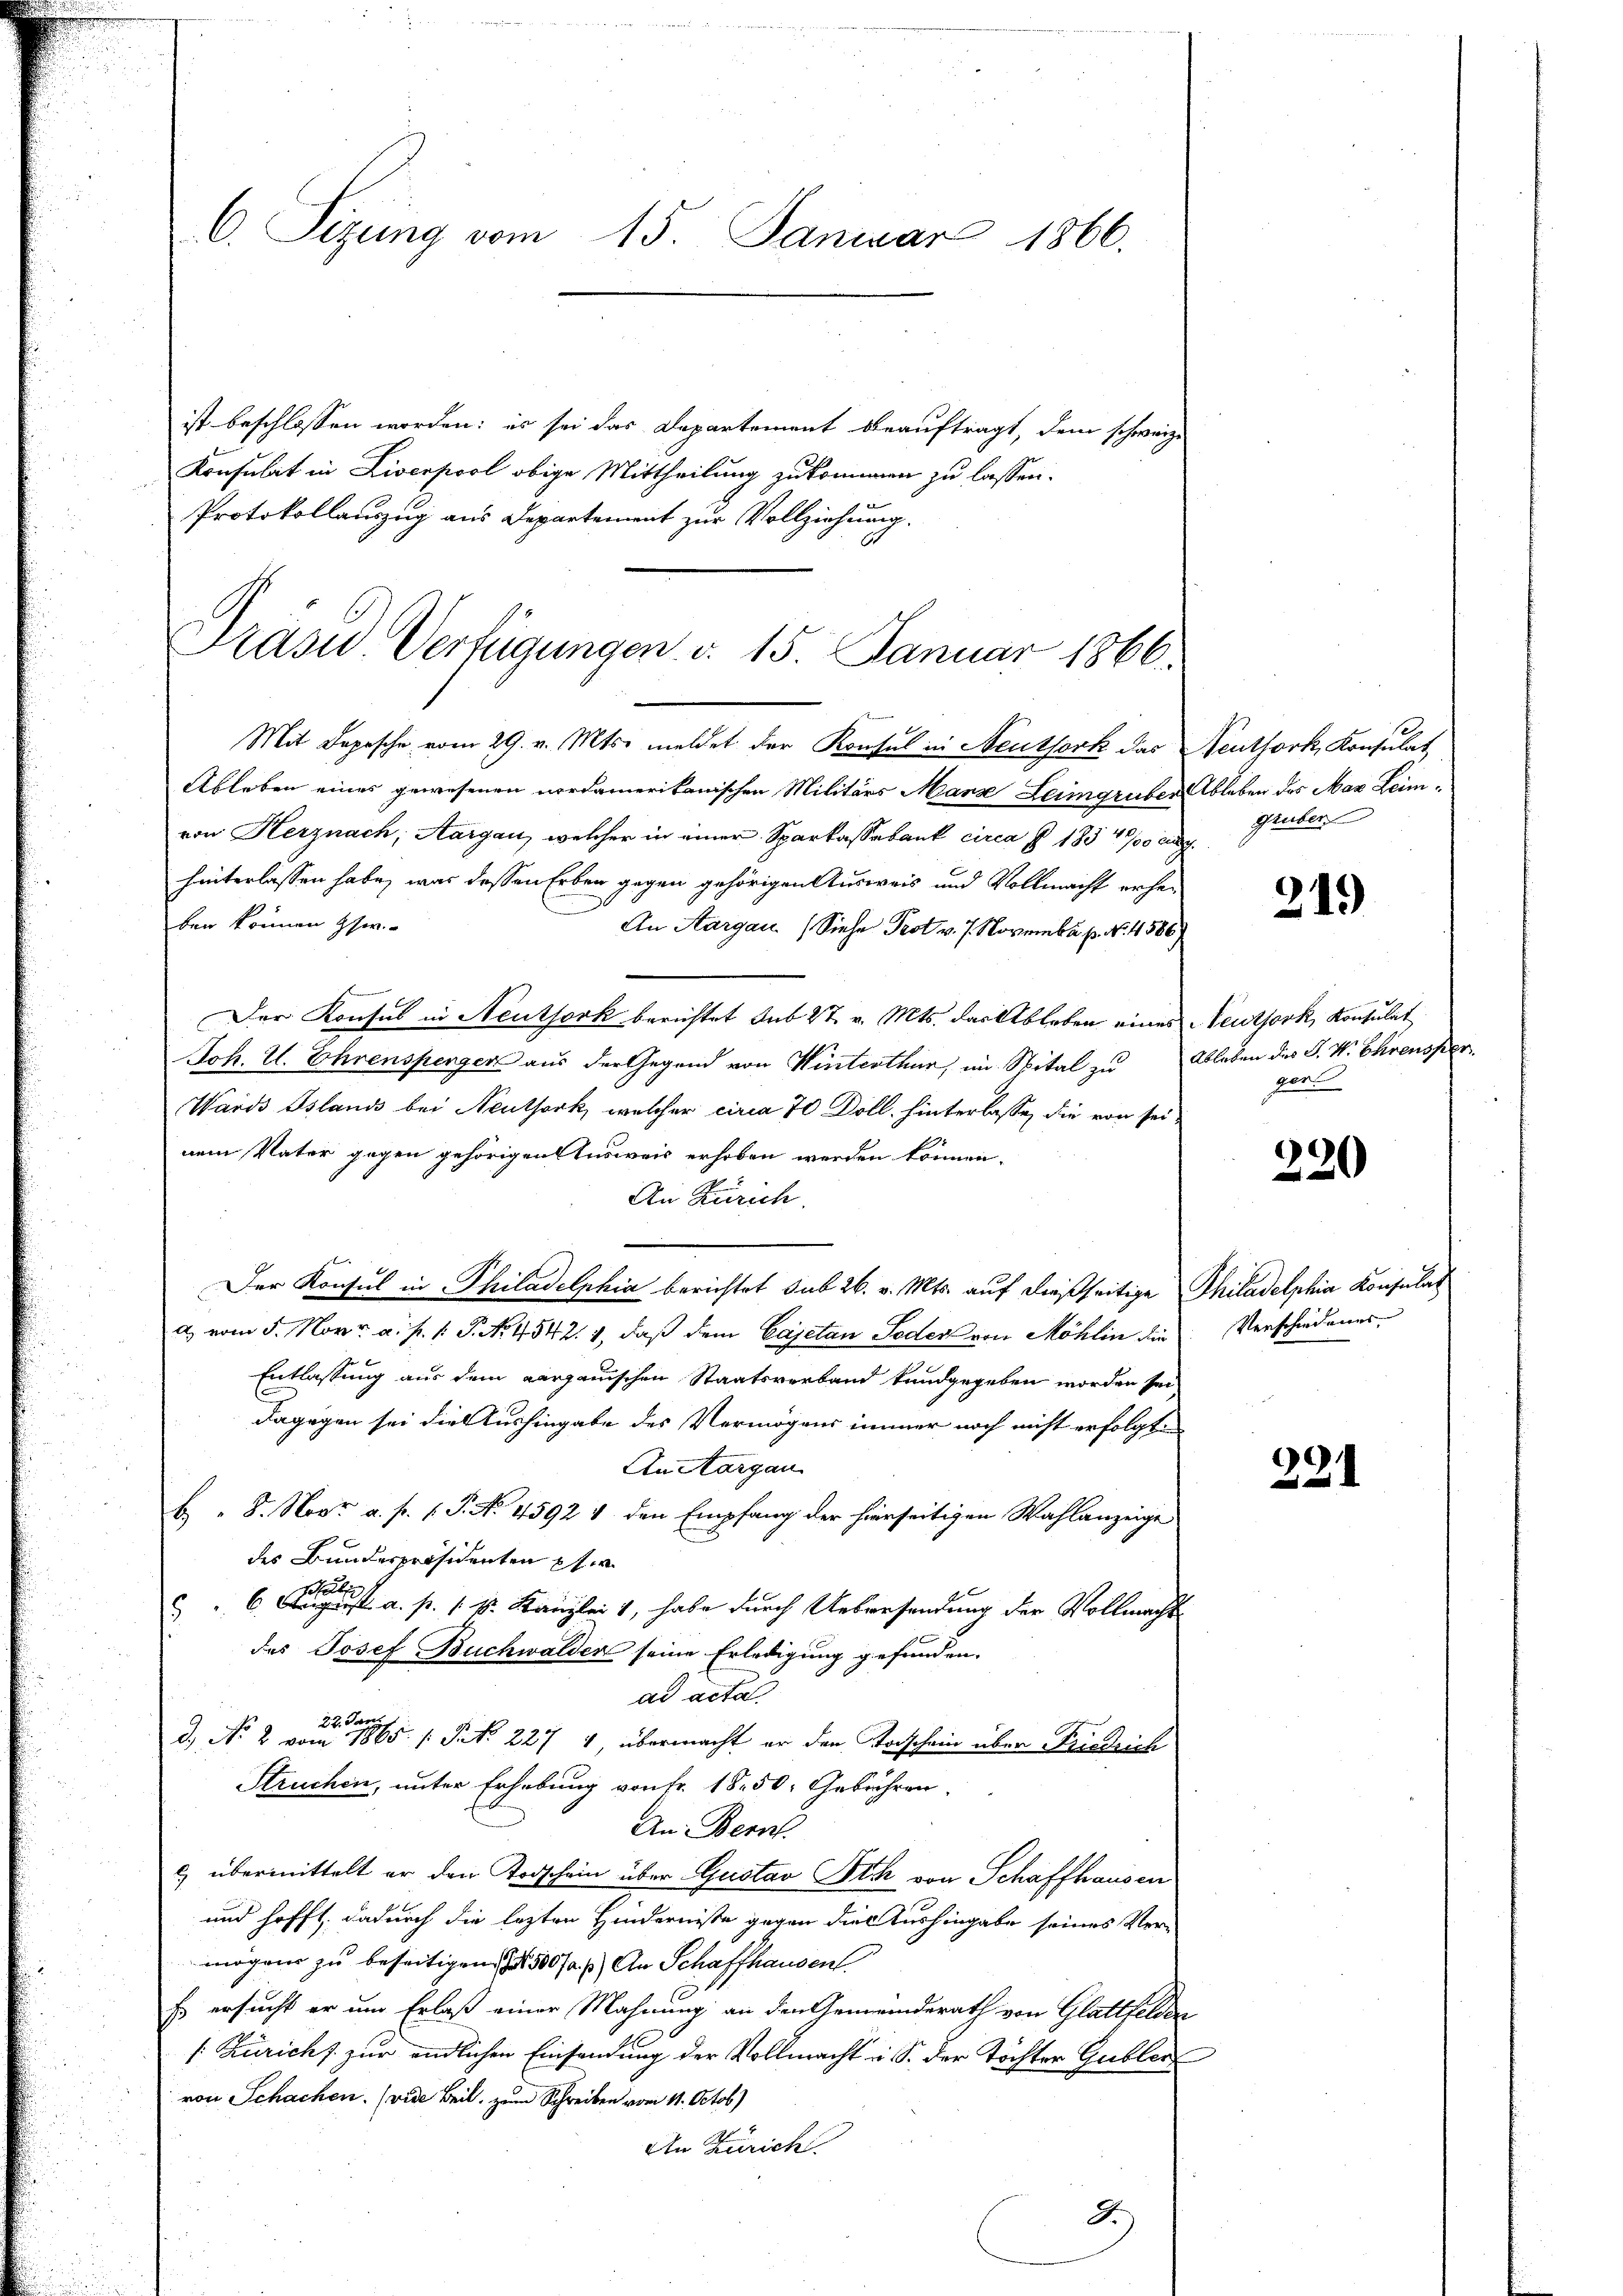
C. Sitzung vom 15. Januar 1866.

ist beschlossen worden: es sei das Departement beauftragt, dem schweiz.
Konsulat in Liverpool obige Mittheilung zukommen zu lassen.
Protokollauszug aus Departement zur Vollziehung.

Präses Verfügungen d. 15. Januar 1866.

Mit Depesche vom 29. v. Mts. meldet der Konsul in Neuthork das Neuthork, Konsulat
Ableben eines gewesenen nordamerikanischen Militärs Marz Leimgruben Ableben des Max Leimvon Herznach, Aargau, welcher in einer Sparkasserbank circa § 183 1/3 ang
hinterlassen habe, was dessen Erben gegen gehörigen Ausweis und Vollmacht erhe¬
3
ben können Eher
An Aargau (Siehe Prot v. 7. November p. No. 4586)
Der Konsul in Neuthork berichtet sub 27. v. Mts. das Ableben eines Neuthork, Konsulat
Joh. U. Ehrensperger aus der Gegend von Winterthur, im Spital zu Ableben des J. W. Ehrensper
Wards Island bei Neuthork, welcher circa 70 Doll, hinterlasse, die von seinem Vater gegen gehörigen Ausweis erhoben werden können.
An Zürich.
Der Konsul in Philadelphia berichtet sub 26. v. Mts. auf dießseitige Philadelphia Konsulat
a) vom 5. Nov. a. p. 1. P. Nr. 4542. 4, daß dem Cajetan Todes von Möhlin die Verschiedenes
Entlassung aus dem aargauischen Staatsverband kundgegeben worden sei,
dagegen sei die Aushingabe des Vermögens immer noch nicht erfolgten
An Aargau
B. 8. Nov. a. f. (T. No. 45921 den Empfang der hierseitigen Wahlanzeige
des Bundespräsidenten pfer
schäle
 " 6. Origst a. p. 1. k. Kanzlei 1, habe durch Uebersendung der Vollmacht
des Josef Buchwalden seine Erledigung gefunden.
ad acta
22. Jan
d. No 2 vom 1865. (: St. 227 4, übermacht er den Vorschein über Friedrich
Struchen, unter Erhebung von Fr. 18. 50. Gebühren.
An: Bern.
c) übermittelt er den Todschein über Gustav Dich von Schaffhausen
und hofft, dadurch die lezten Hindernisse gegen dies Aushingabe seines Ver-
mögen zu beseitigen 1 500 fr. 3) An Schaffhausent.
Es ersucht er um Erlaß einer Mahnung an den Gemeinderath von Glattfelden
[Züricht zur endlichen Einsendung der Vollmacht in S. der Töchter Gubler
von Schachen. (vide Beil. zum Schreiben vom 11. Octob
An Zürich
J.

gruber

219

port

220

291